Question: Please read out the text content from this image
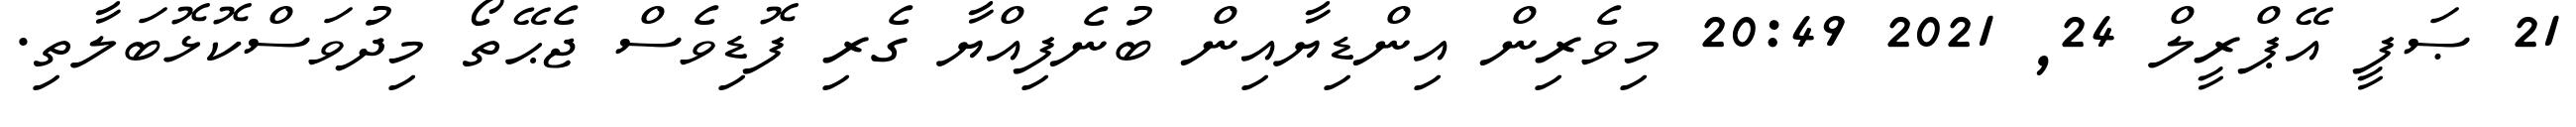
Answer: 21 ޞަފީ އޭޕްރީލް 24, 2021 20:49 މިވެރިން އިންޑިޔާއިން ބުނެފިއްޔާ ގެރި ފޮޑިވެސް ޖެޙޭތޯ މިދުވަސްކޮޅޮބަލާތި.